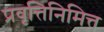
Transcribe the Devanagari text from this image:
प्रवृत्तिनिमित्त